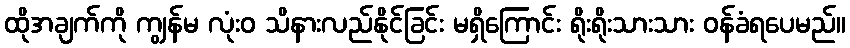
ထိုအချက်ကို ကျွန်မ လုံးဝ သိနားလည်နိုင်ခြင်း မရှိကြောင်း ရိုးရိုးသားသား ဝန်ခံရပေမည်။